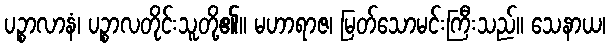
ပဉ္စာလာနံ၊ ပဉ္စာလတိုင်းသူတို့၏။ မဟာရာဇ၊ မြတ်သောမင်းကြီးသည်။ သေနာယ၊